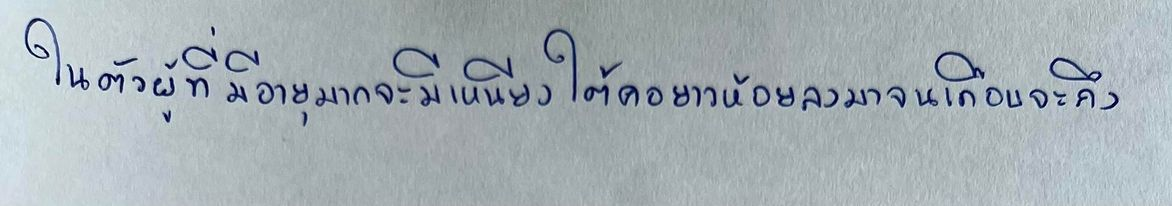
ในตัวผู้ที่มีอายุมากจะมีเหนียงใต้คอยาวห้อยลงมาจนเกือบจะถึง